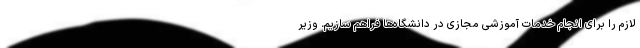
لازم را برای انجام خدمات آموزشی مجازی در دانشگاه‌ها فراهم سازیم. وزیر